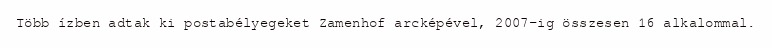
Több ízben adtak ki postabélyegeket Zamenhof arcképével, 2007-ig összesen 16 alkalommal.